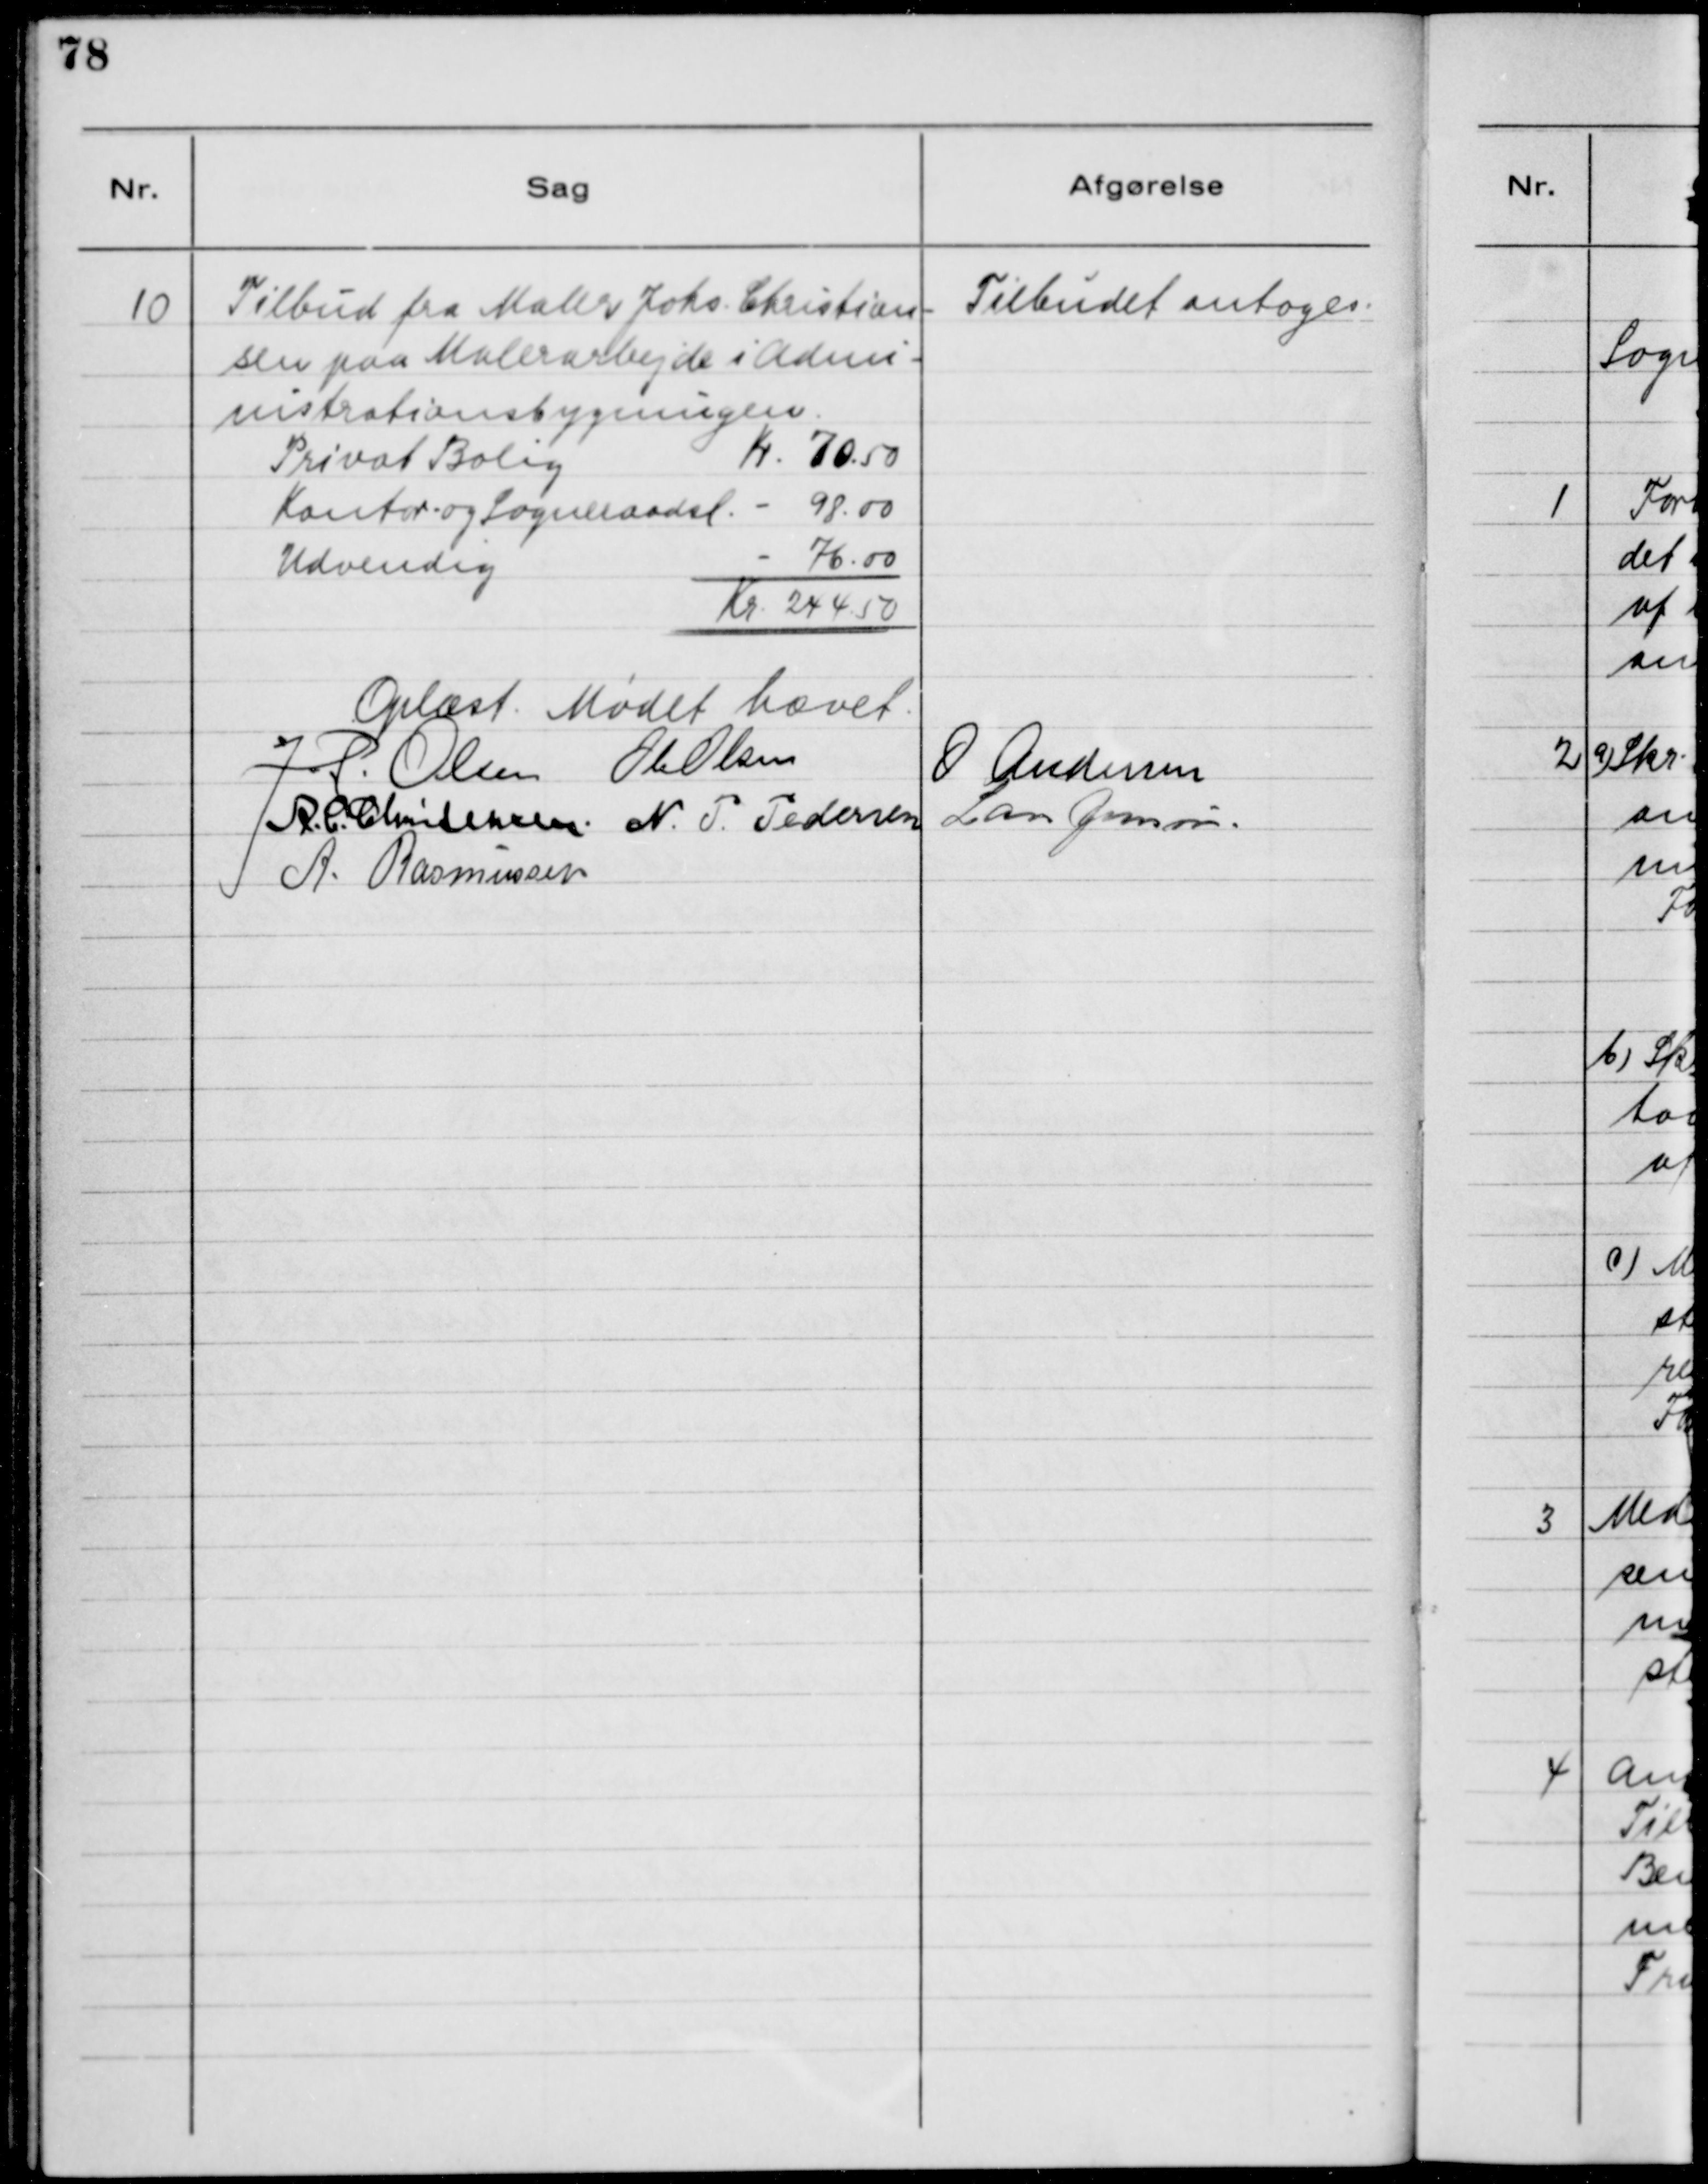
Transskription:
10

Tilbud fra Maler Johs. Christian-
sen paa Malerarbejde i Admi-
nistrationsbygningen.

Tilbudet antages